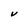
Character: V